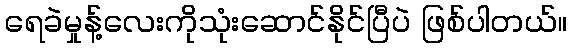
ရေခဲမှုန့်လေးကိုသုံးဆောင်နိုင်ပြီပဲ ဖြစ်ပါတယ်။